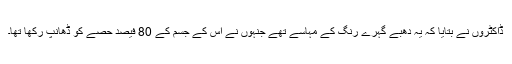
ڈاکٹروں نے بتایا کہ یہ دھبے گہرے رنگ کے مہاسے تھے جنہوں نے اس کے جسم کے 80 فیصد حصے کو ڈھانپ رکھا تھا۔